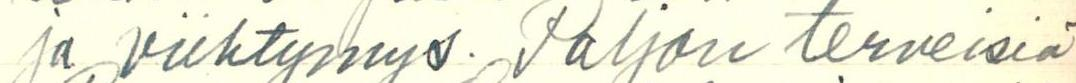
ja viihtymys. Paljon terveisiä